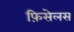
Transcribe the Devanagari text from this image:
फ़िसेलस